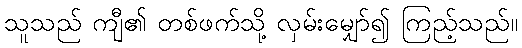
သူသည် ကျီ၏ တစ်ဖက်သို့ လှမ်းမျှော်၍ ကြည့်သည်။